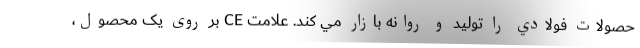
حصولات فولادي را توليد و روانه بازار مي کند. علامت CE بر روی یک محصول،